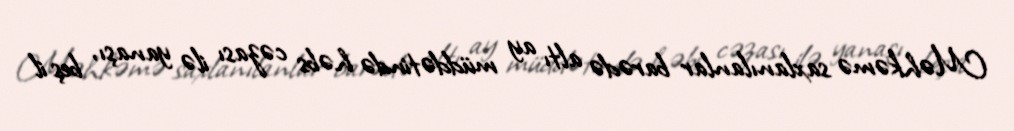
Məhkəmə saxlanılanlar barədə altı ay müddətində həbs cəzası ilə yanaşı, beş il